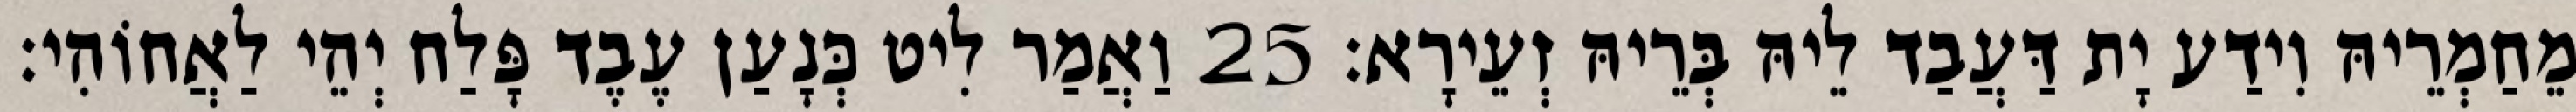
מֵחַמְרֵיהּ וִידַע יָת דַּעֲבַד לֵיהּ בְּרֵיהּ זְעֵירָא׃ 25 וַאֲמַר לִיט כְּנָעַן עֶבֶד פָּלַח יְהֵי לַאֲחוֹהִי׃